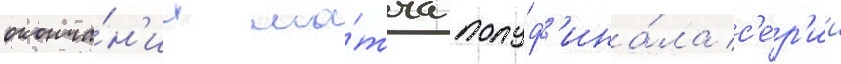
оконча́н'ии ма́тча полуф'ина́ла с'е́р'ии